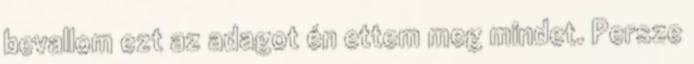
bevallom ezt az adagot én ettem meg mindet. Persze